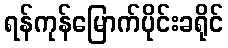
ရန်ကုန်မြောက်ပိုင်းခရိုင်